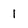
Character: 1